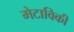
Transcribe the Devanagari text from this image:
मेटाविकी